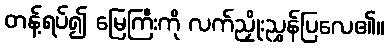
တန့်ရပ်၍ မြေကြီးကို လက်ညှိုးညွှန်ပြလေ၏။